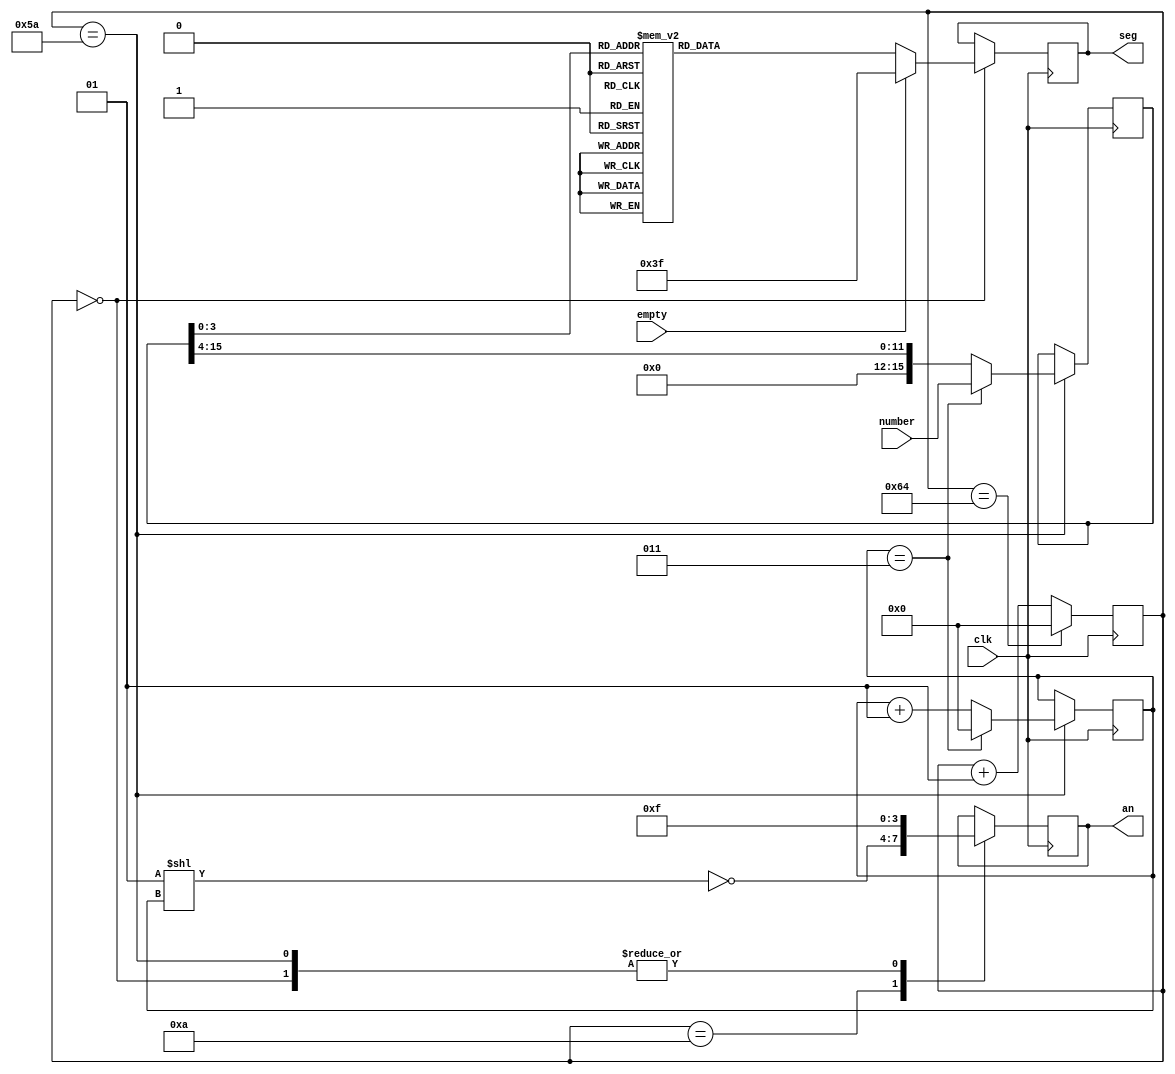
`default_nettype none

module display(
    input wire [15:0] number,
    output reg [6:0] seg,
    output reg [3:0] an,
    input wire empty,
    input wire clk
);

integer s = 0;
integer num = 0;
reg [15:0] tmp;

always @(posedge clk) begin
    s <= s + 1;
    case (s)
    0 : begin
        an <= 4'b1111;
        if (empty)
            seg <= 7'h3f;
        else case (tmp[3:0])
            4'h0: seg <= 7'h40;
            4'h1: seg <= 7'h79;
            4'h2: seg <= 7'h24;
            4'h3: seg <= 7'h30;
            4'h4: seg <= 7'h19;
            4'h5: seg <= 7'h12;
            4'h6: seg <= 7'h02;
            4'h7: seg <= 7'h78;
            4'h8: seg <= 7'h00;
            4'h9: seg <= 7'h10;
            4'ha: seg <= 7'h08;
            4'hb: seg <= 7'h03;
            4'hc: seg <= 7'h46;
            4'hd: seg <= 7'h21;
            4'he: seg <= 7'h06;
            4'hf: seg <= 7'h0e;
        endcase
    end
    10 : an <= ~(1 << num);
    90 : begin
        an <= 4'b1111;
        if (num == 3) begin
            num <= 0; 
            tmp <= number;
        end
        else begin
            num <= num + 1;
            tmp <= tmp >> 4;
        end
    end
    100 : s <= 0;
    endcase
end

endmodule